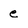
Character: e